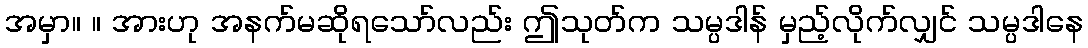
အမှာ။ ။ အားဟု အနက်မဆိုရသော်လည်း ဤသုတ်က သမ္ပဒါန် မှည့်လိုက်လျှင် သမ္ပဒါနေ